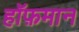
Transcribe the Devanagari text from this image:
हॉफ़मान